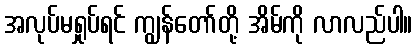
အလုပ်မရှုပ်ရင် ကျွန်တော်တို့ အိမ်ကို လာလည်ပါ။